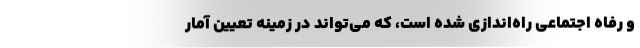
و رفاه اجتماعی راه‌اندازی شده است، که می‌تواند در زمینه تعیین آمار